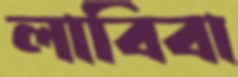
লাবিবা